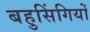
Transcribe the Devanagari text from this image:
बहुसिंगियों